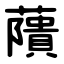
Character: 藬